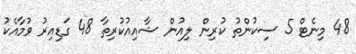
48 މިނެޓް 5 ސިކުންތު ކުރިން ލިއުން ޝާއިއުކުރިތާ 48 ގަޑިއިރު ވުމާއެކު